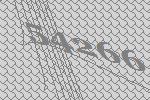
54266